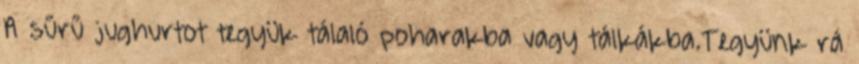
A sűrű jughurtot tegyük tálaló poharakba vagy tálkákba.Tegyünk rá